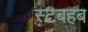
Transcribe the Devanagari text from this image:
स्टबहब